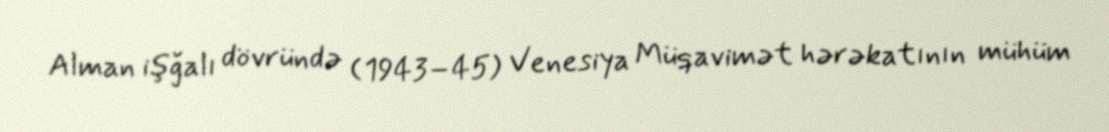
Alman işğalı dövründə (1943–45) Venesiya Müqavimət hərəkatının mühüm